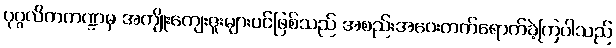
ပုဂ္ဂလိကကဏ္ဍမှ အကျိုးကျေးဇူးများပင်ဖြစ်သည် အစည်းအဝေးတက်ရောက်ခဲ့ကြပါသည်